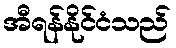
အီရန်နိုင်ငံသည်